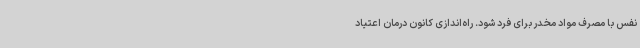
نفس با مصرف مواد مخدر برای فرد شود. راه‌اندازی کانون درمان اعتیاد